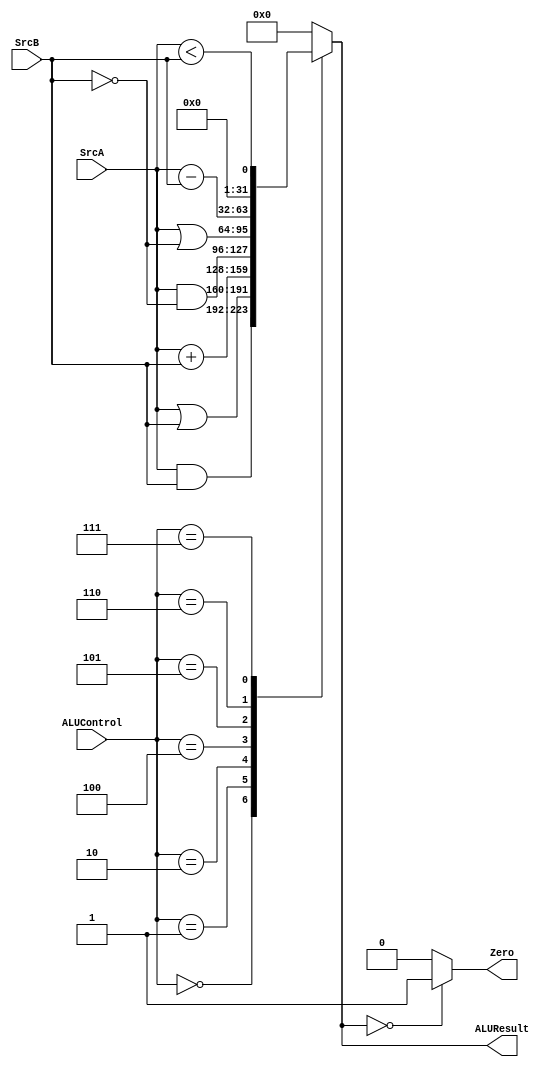
module ALU (
				input signed [31:0] SrcA, SrcB,
				input [2:0] ALUControl,
				output reg signed [31:0] ALUResult,
				output reg Zero
				);

always @ (*)
begin
	case (ALUControl) // 3'd3 no  utilizada
	3'd0:
		ALUResult = SrcA & SrcB;
	3'd1:
		ALUResult = SrcA | SrcB;
	3'd2:
		ALUResult = SrcA + SrcB;
	3'd4:
		ALUResult = SrcA & ~SrcB;
	3'd5:
		ALUResult = SrcA | ~SrcB;
	3'd6:
		ALUResult = SrcA - SrcB;
	3'd7:
		ALUResult = SrcA < SrcB;
	default:
		ALUResult = 32'd0;
	endcase
end
	
always @ (*)
begin
	if (ALUResult == 32'd0)
		Zero = 1;
	else
		Zero = 0;
end	
				
endmodule